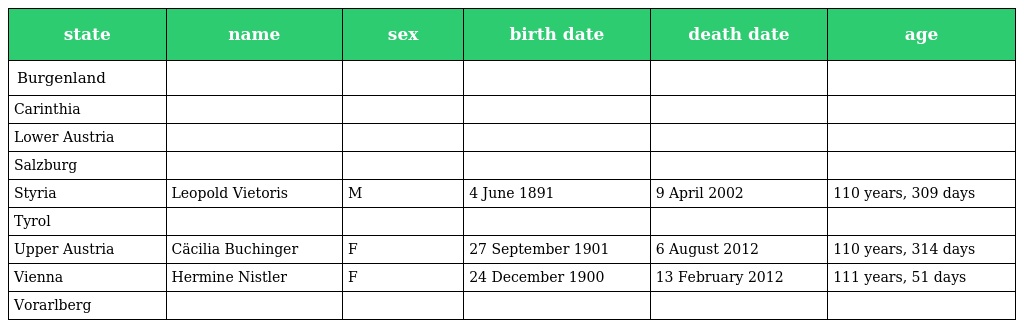
| state | name | sex | birth date | death date | age |
 | --- | --- | --- | --- | --- | --- |
 | Burgenland |  |  |  |  |  |
 | Carinthia |  |  |  |  |  |
 | Lower Austria |  |  |  |  |  |
 | Salzburg |  |  |  |  |  |
 | Styria | Leopold Vietoris | M | 4 June 1891 | 9 April 2002 | 110 years, 309 days |
 | Tyrol |  |  |  |  |  |
 | Upper Austria | Cäcilia Buchinger | F | 27 September 1901 | 6 August 2012 | 110 years, 314 days |
 | Vienna | Hermine Nistler | F | 24 December 1900 | 13 February 2012 | 111 years, 51 days |
 | Vorarlberg |  |  |  |  |  |